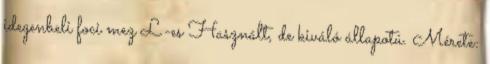
idegenbeli foci mez L-es Használt, de kiváló állapotú. Mérete: